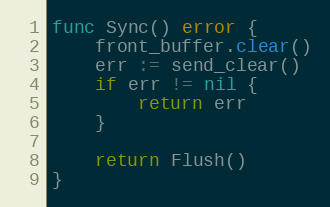
Language: Go
func Sync() error {
	front_buffer.clear()
	err := send_clear()
	if err != nil {
		return err
	}

	return Flush()
}